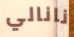
نانالي